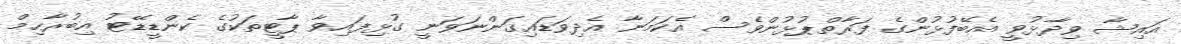
އައިޝާ ވިދާޅުވީ އެބޭފުޅުންގެ ފަރާތްޕުޅުންވެސް އެކަމަނާ އެދިވަޑައިގަންނަވަނީ ގުޅިފައިވާ ޕާޓީތަކުގެ ކެންޑީޑޭޓު އިބުރާހިމް